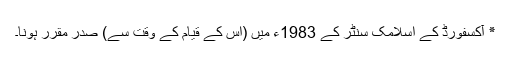
٭ آکسفورڈ کے اسلامک سنٹر کے 1983ء میں (اس کے قیام کے وقت سے) صدر مقرر ہونا۔